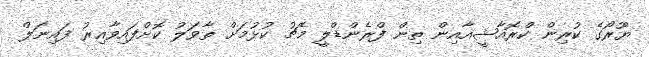
ޔޫރޯގެ ކުރިން ކްރޮއާޝީއާއިން ތިން ފްރެންޑްލީ މެޗު ކުޅުމަށް ތާވަލު ކޮށްފައިވާއިރު ފައިނަލް